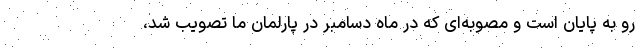
رو به پایان است و مصوبه‌ای که در ماه دسامبر در پارلمان ما تصویب شد،